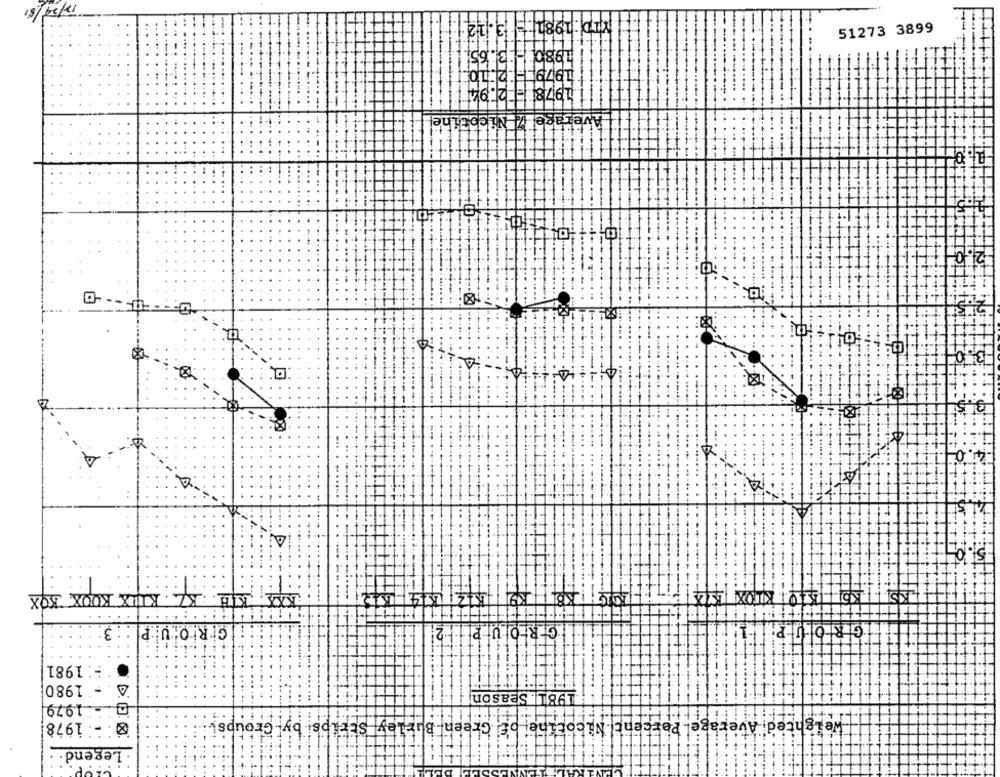
13.12
51273 3899
3.65
1979F
.1978 F
12.94
geld Nicotine
2.7
4
.4
4.
A
. KUIX KOOX BOX
111
GİR.O.U.P
: 3
:: 1981
S .- 1980
198L . Season
- 1979
8 - 1978
Weighted Average Percent Nicoline of Green Burley Strips by Groups ..
: Legend.